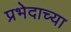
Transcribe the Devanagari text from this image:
प्रभेदाच्या